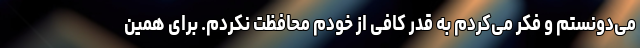
می‌دونستم و فکر می‌کردم به قدر کافی از خودم محافظت نکردم. برای همین